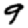
Digit: 9